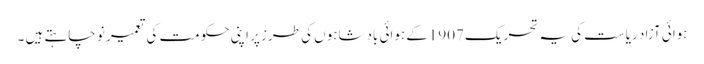
ہوائی آزاد ریاست کی یہ تحریک 1907کے ہوائی بادشاہوں کی طرز پر اپنی حکومت کی تعمیر نو چاہتے ہیں ۔